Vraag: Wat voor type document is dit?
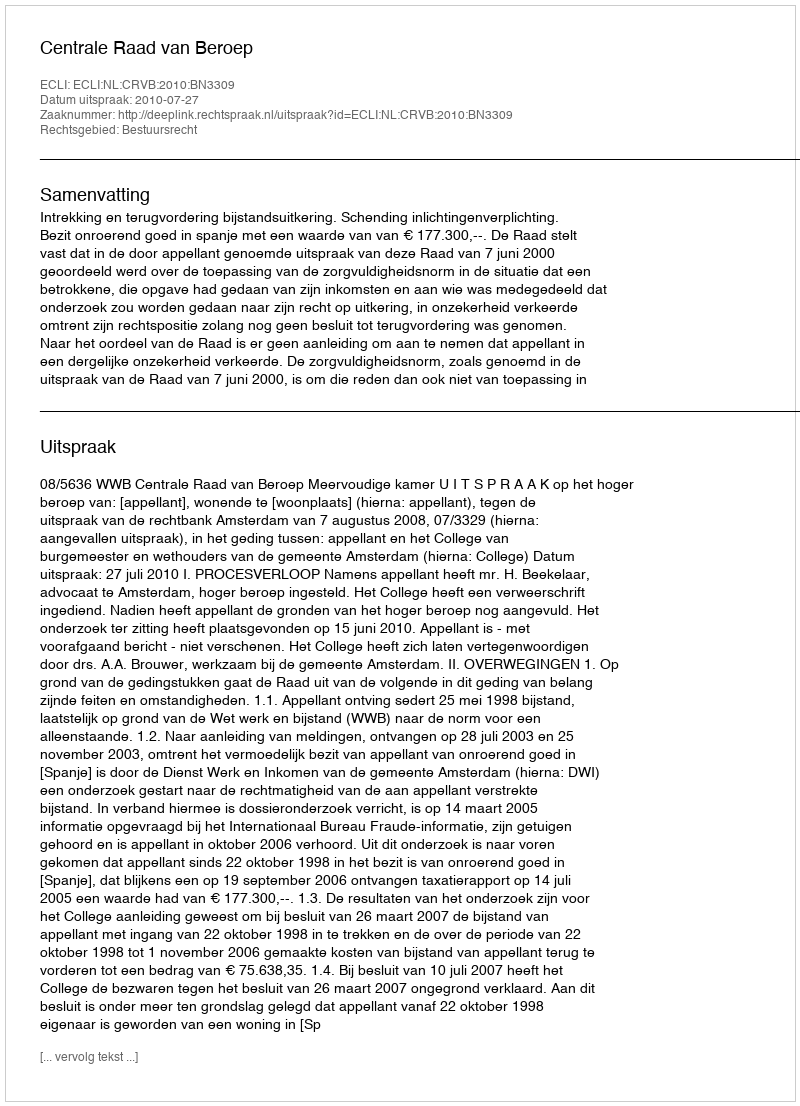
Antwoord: Uitspraak